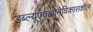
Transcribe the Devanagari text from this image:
डब्‍ल्‍यूएचओनेविकासशील